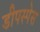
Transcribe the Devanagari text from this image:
डीपस्पेस